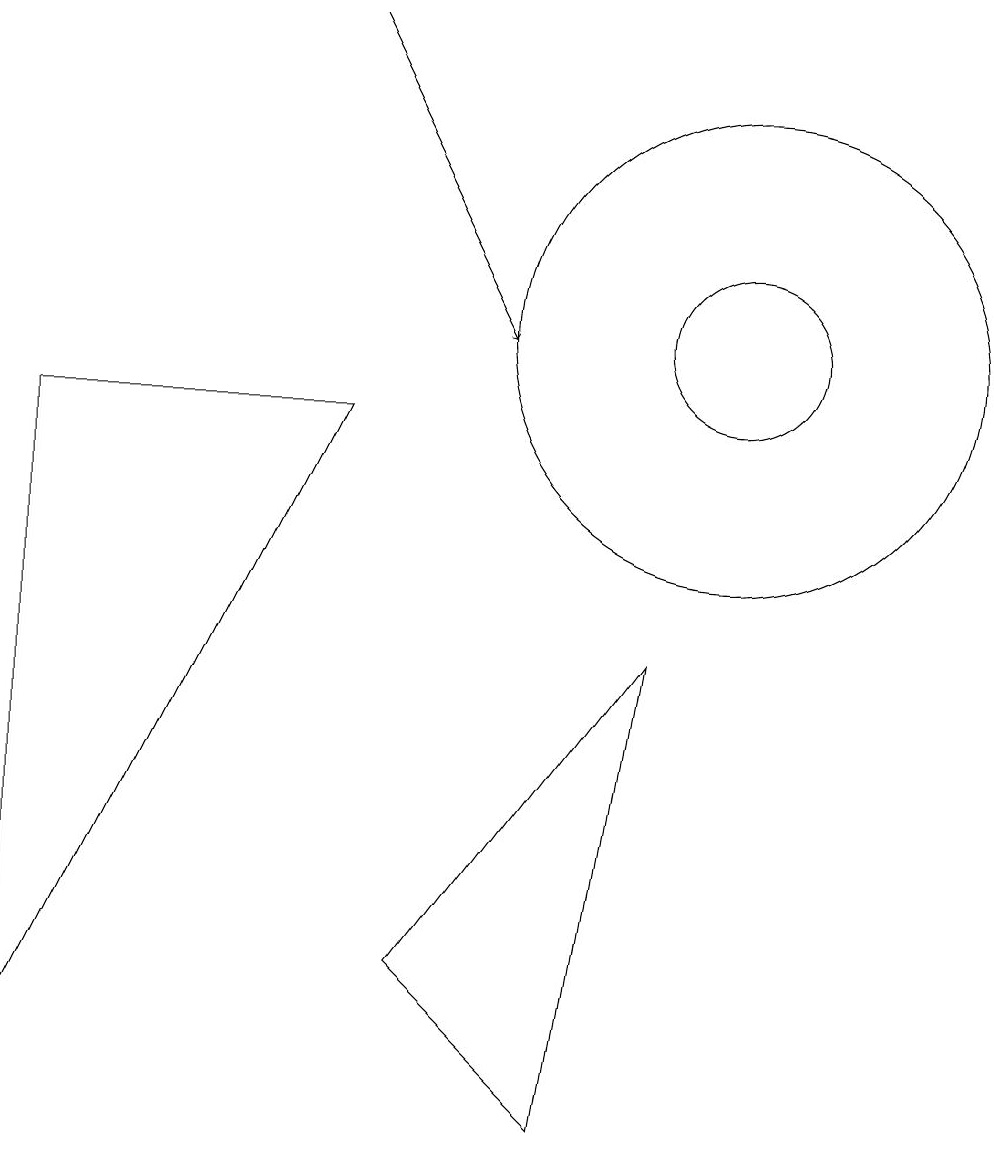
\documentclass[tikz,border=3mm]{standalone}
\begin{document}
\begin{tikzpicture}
\draw (10,10) circle (1);
\draw (1,1) -- (5,9) -- (1,9) -- cycle;
\draw (9,6) -- (6,2) -- (8,0) -- cycle;
\draw[->] (5,14) -- (7,10);
\draw (10,10) circle (3);
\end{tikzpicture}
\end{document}